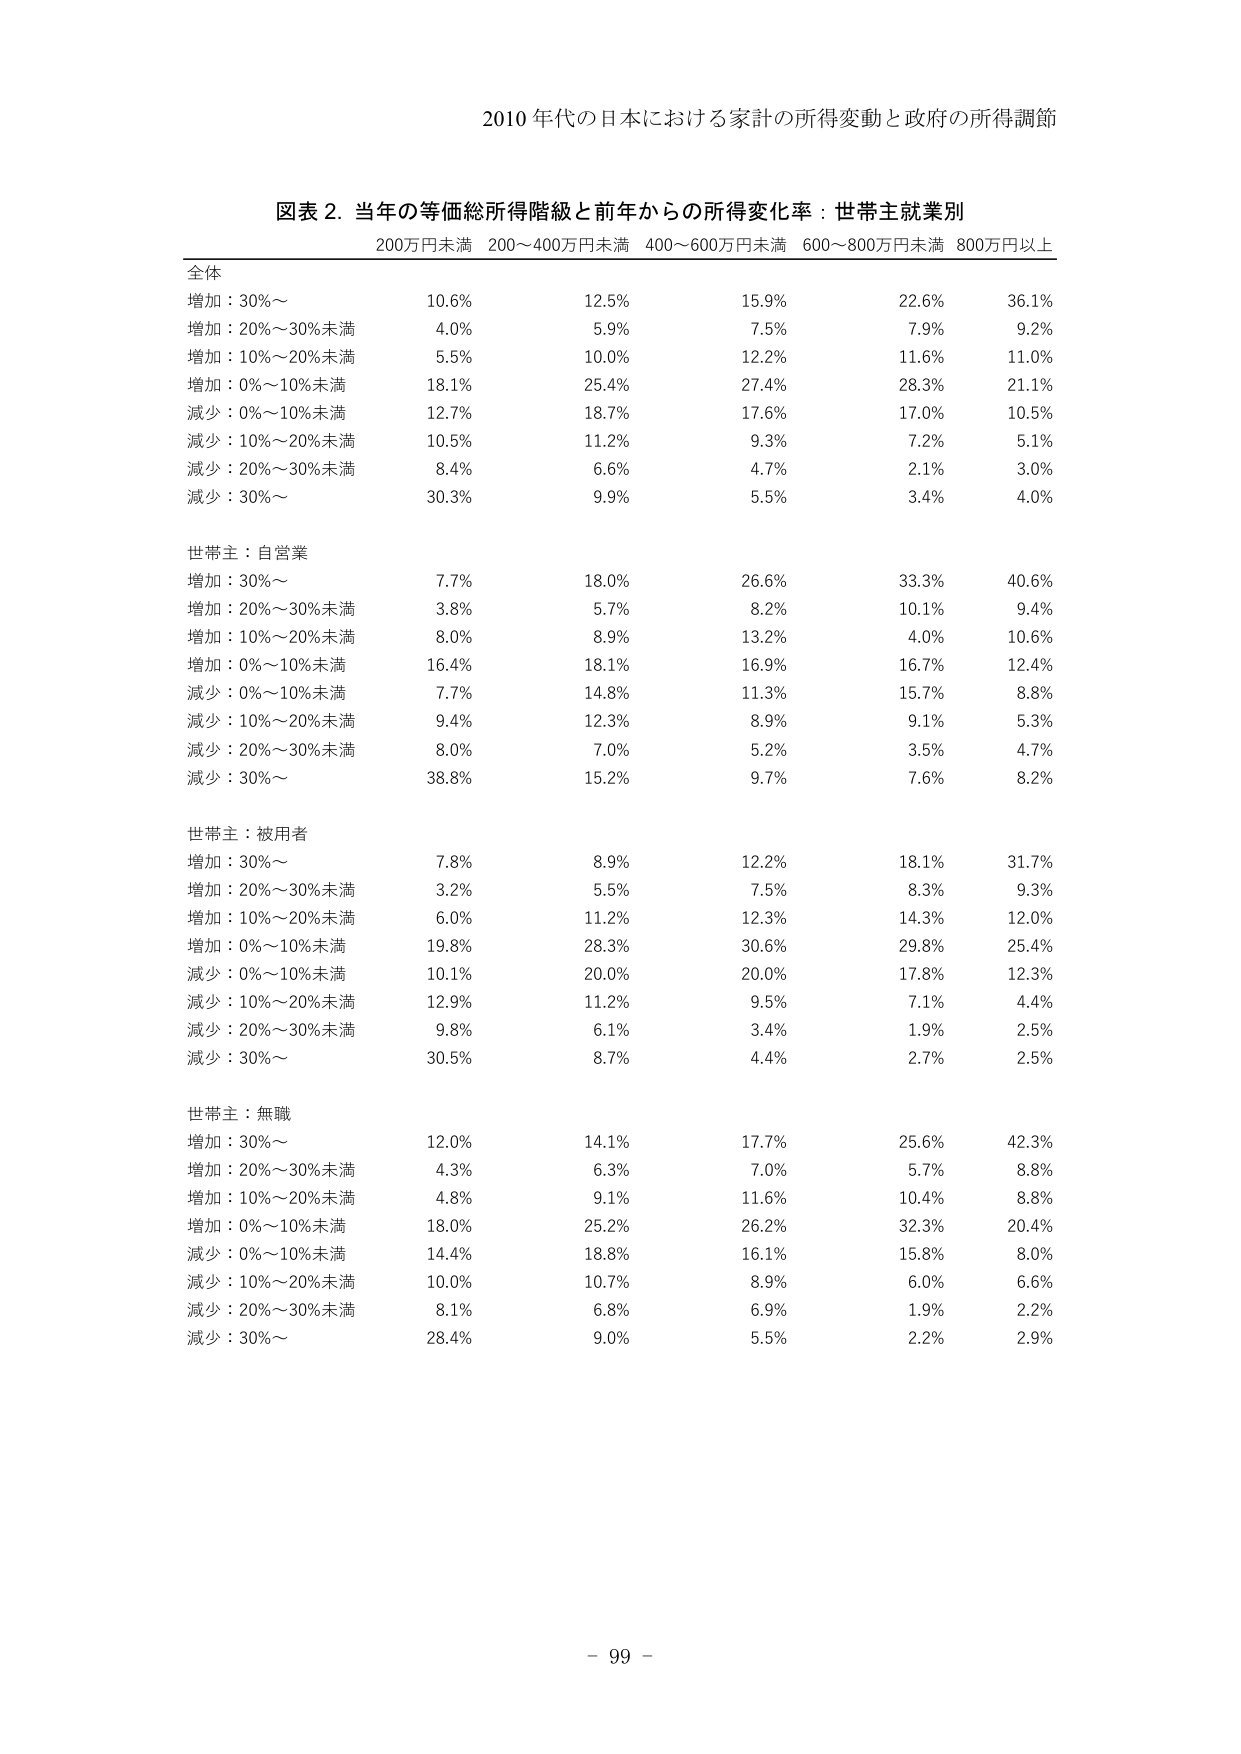
2010 年代の日本における家計の所得変動と政府の所得調節

図表 2. 当年の等価総所得階級と前年からの所得変化率：世帯主就業別
200万円未満 200～400万円未満 400～600万円未満 600～800万円未満 800万円以上

全体
増加：30%～ 10.6% 12.5% 15.9% 22.6% 36.1%
増加：20%～30%未満 4.0% 5.9% 7.5% 7.9% 9.2%
増加：10%～20%未満 5.5% 10.0% 12.2% 11.6% 11.0%
増加：0%～10%未満 18.1% 25.4% 27.4% 28.3% 21.1%
減少：0%～10%未満 12.7% 18.7% 17.6% 17.0% 10.5%
減少：10%～20%未満 10.5% 11.2% 9.3% 7.2% 5.1%
減少：20%～30%未満 8.4% 6.6% 4.7% 2.1% 3.0%
減少：30%～ 30.3% 9.9% 5.5% 3.4% 4.0%

世帯主：自営業
増加：30%～ 7.7% 18.0% 26.6% 33.3% 40.6%
増加：20%～30%未満 3.8% 5.7% 8.2% 10.1% 9.4%
増加：10%～20%未満 8.0% 8.9% 13.2% 4.0% 10.6%
増加：0%～10%未満 16.4% 18.1% 16.9% 16.7% 12.4%
減少：0%～10%未満 7.7% 14.8% 11.3% 15.7% 8.8%
減少：10%～20%未満 9.4% 12.3% 8.9% 9.1% 5.3%
減少：20%～30%未満 8.0% 7.0% 5.2% 3.5% 4.7%
減少：30%～ 38.8% 15.2% 9.7% 7.6% 8.2%

世帯主：被用者
増加：30%～ 7.8% 8.9% 12.2% 18.1% 31.7%
増加：20%～30%未満 3.2% 5.5% 7.5% 8.3% 9.3%
増加：10%～20%未満 6.0% 11.2% 12.3% 14.3% 12.0%
増加：0%～10%未満 19.8% 28.3% 30.6% 29.8% 25.4%
減少：0%～10%未満 10.1% 20.0% 20.0% 17.8% 12.3%
減少：10%～20%未満 12.9% 11.2% 9.5% 7.1% 4.4%
減少：20%～30%未満 9.8% 6.1% 3.4% 1.9% 2.5%
減少：30%～ 30.5% 8.7% 4.4% 2.7% 2.5%

世帯主：無職
増加：30%～ 12.0% 14.1% 17.7% 25.6% 42.3%
増加：20%～30%未満 4.3% 6.3% 7.0% 5.7% 8.8%
増加：10%～20%未満 4.8% 9.1% 11.6% 10.4% 8.8%
増加：0%～10%未満 18.0% 25.2% 26.2% 32.3% 20.4%
減少：0%～10%未満 14.4% 18.8% 16.1% 15.8% 8.0%
減少：10%～20%未満 10.0% 10.7% 8.9% 6.0% 6.6%
減少：20%～30%未満 8.1% 6.8% 6.9% 1.9% 2.2%
減少：30%～ 28.4% 9.0% 5.5% 2.2% 2.9%

- 99 -